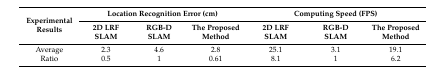
<table><thead><tr><td rowspan="2"><b>Experimental Results</b></td><td colspan="3"><b>Location Recognition Error (cm)</b></td><td colspan="3"><b>Computing Speed (FPS)</b></td></tr><tr><td><b>2D LRF SLAM</b></td><td><b>RGB-D SLAM</b></td><td><b>The Proposed Method</b></td><td><b>2D LRF SLAM</b></td><td><b>RGB-D SLAM</b></td><td><b>The Proposed Method</b></td></tr></thead><tbody><tr><td>Average</td><td>2.3</td><td>4.6</td><td>2.8</td><td>25.1</td><td>3.1</td><td>19.1</td></tr><tr><td>Ratio</td><td>0.5</td><td>1</td><td>0.61</td><td>8.1</td><td>1</td><td>6.2</td></tr></tbody></table>